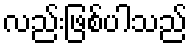
လည်းဖြစ်ပါသည်